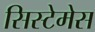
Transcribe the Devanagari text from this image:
सिस्टेमेस